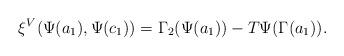
LaTeX: \begin{align*}\xi^V(\Psi(a_1),\Psi(c_1))=\Gamma_2(\Psi(a_1))-T\Psi(\Gamma(a_1)).\end{align*}